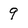
Character: 9